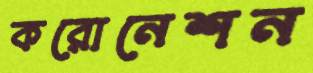
করোনেশন